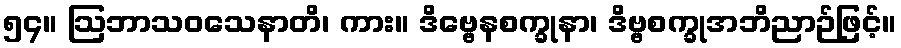
၅၄။ ဩဘာသဝသေနာတိ၊ ကား။ ဒိဗ္ဗေနစက္ခုနာ၊ ဒိဗ္ဗစက္ခုအဘိညာဉ်ဖြင့်။